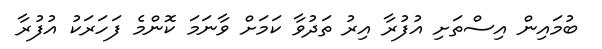
ބުމައިން އިސްތަށި އުފުރާ އިރު ތަދުވާ ކަމަށް ވާނަމަ ކޮންމެ ފަހަރަކު އުފުރާ